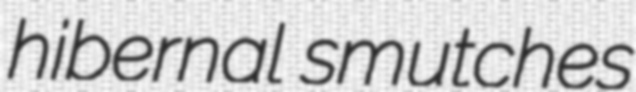
hibernal smutches